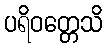
ပရိဝတ္တေသိ